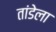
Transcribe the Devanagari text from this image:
तांडेला